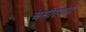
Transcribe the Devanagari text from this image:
अमीरज़ादे